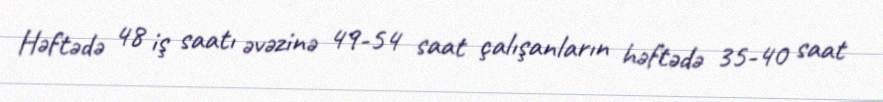
Həftədə 48 iş saatı əvəzinə 49-54 saat çalışanların həftədə 35-40 saat